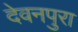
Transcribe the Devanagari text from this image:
देवनपुरा